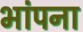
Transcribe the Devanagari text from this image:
भांपना